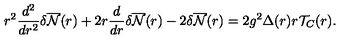
r ^ { 2 } \frac { d ^ { 2 } } { d r ^ { 2 } } { \delta } \overline { { \cal { N } } } ( r ) + 2 r \frac { d } { d r } { \delta } \overline { { \cal { N } } } ( r ) - 2 { \delta } \overline { { \cal { N } } } ( r ) = 2 g ^ { 2 } { \Delta } ( r ) r { \cal T } _ { C } ( r ) .